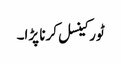
ٹور کینسل کرنا پڑا۔